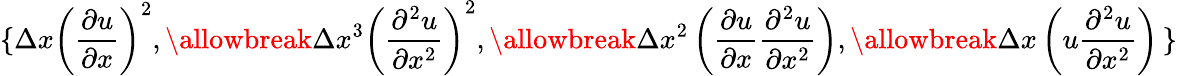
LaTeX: \left\{ \right.\Delta x\left(\frac{\partial u}{\partial x}\right)^{2},\allowbreak\Delta x^{3}\left(\frac{\partial^{2}u}{\partial x^{2}}\right)^{2},\allowbreak\Delta x^{2}\left(\frac{\partial u}{\partial x}\frac{\partial^{2}u}{\partial x^{2}}\right),\allowbreak\Delta x\left(u\frac{\partial^{2}u}{\partial x^{2}}\right)\left.\right\}